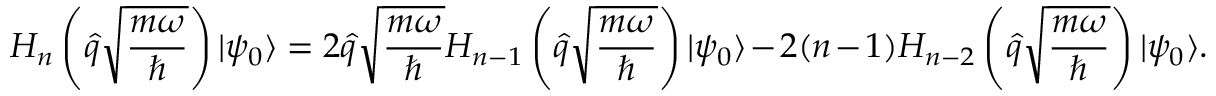
H _ { n } \left( \hat { q } \sqrt { \frac { m \omega } { \hbar } } \right) | \psi _ { 0 } \rangle = 2 \hat { q } \sqrt { \frac { m \omega } { \hbar } } H _ { n - 1 } \left( \hat { q } \sqrt { \frac { m \omega } { \hbar } } \right) | \psi _ { 0 } \rangle - 2 ( n - 1 ) H _ { n - 2 } \left( \hat { q } \sqrt { \frac { m \omega } { \hbar } } \right) | \psi _ { 0 } \rangle .